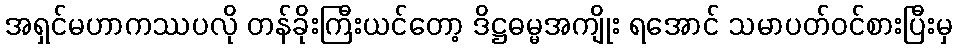
အရှင်မဟာကဿပလို တန်ခိုးကြီးယင်တော့ ဒိဋ္ဌဓမ္မအကျိုး ရအောင် သမာပတ်ဝင်စားပြီးမှ